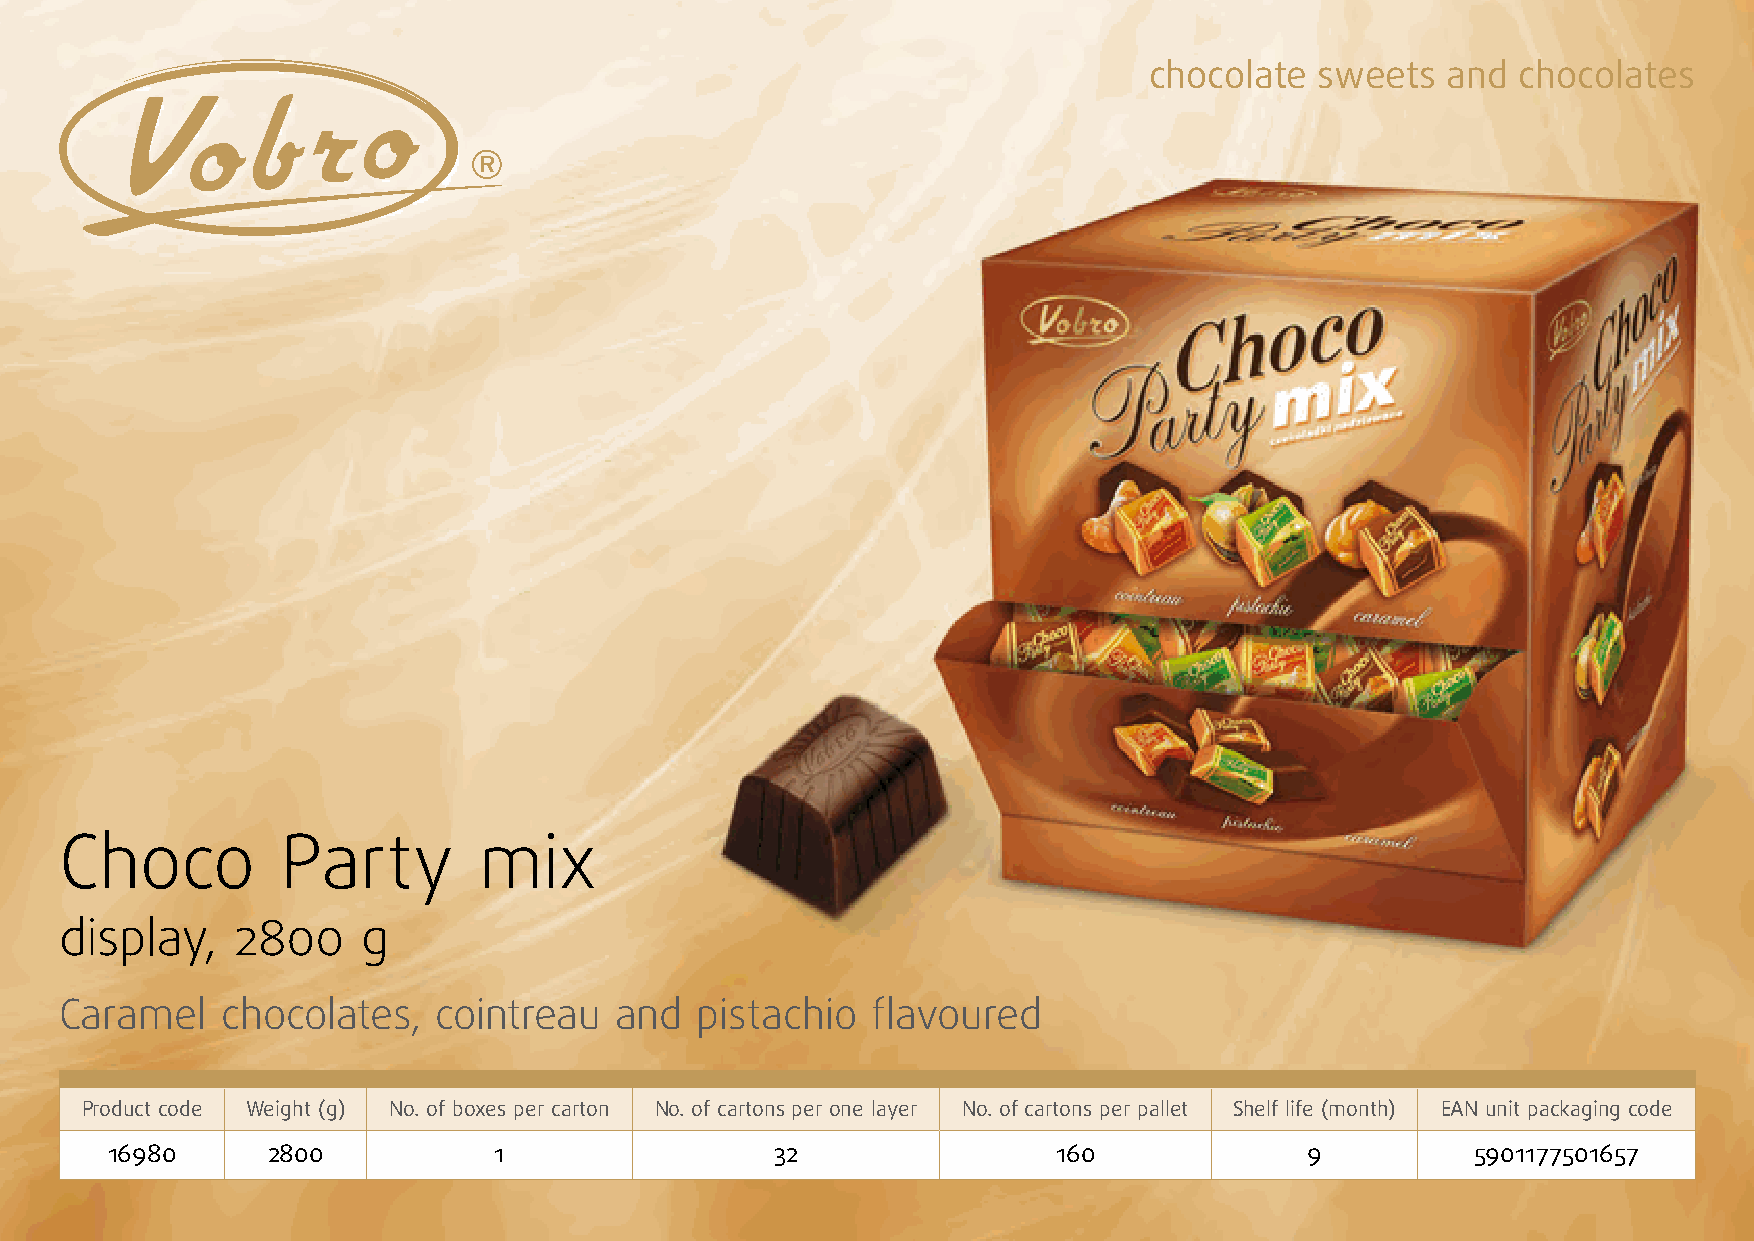
chocolate  sweets   and  chocolates
 Choco          Party        mix
 display,   2800     g
 Caramel    chocolates,   cointreau   and  pistachio   flavoured
 Product code Weight (g) No. of boxes per carton No. of cartons per one layer No. of cartons per pallet Shelf life (month) EAN unit packaging code
 16980      2800           1                 32                 160              9          5901177501657